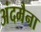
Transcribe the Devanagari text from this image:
अंदमैना